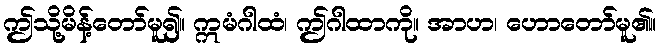
ဤသို့မိန့်တော်မူ၍။ ဣမံဂါထံ၊ ဤဂါထာကို။ အာဟ၊ ဟောတော်မူ၏။